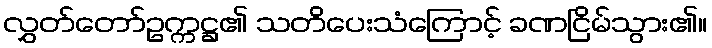
လွှတ်တော်ဥက္ကဋ္ဌ၏ သတိပေးသံကြောင့် ခဏငြိမ်သွား၏။